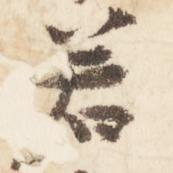
若